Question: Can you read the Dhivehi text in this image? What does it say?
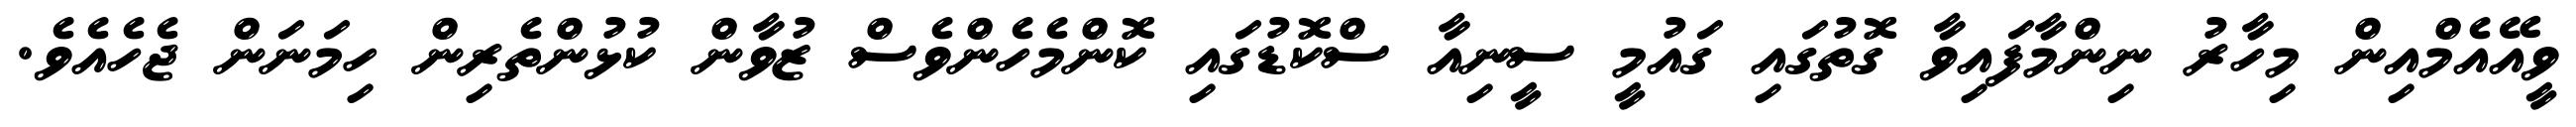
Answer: ވީއޭއެމްއިން މިހާރު ނިންމާފައިވާ ގޮތުގައި ގައުމީ ސީނިއާ ސްކޮޑުގައި ކޮންމެހެންވެސް ޒުވާން ކުޅުންތެރިން ހިމަނަން ޖެހެއެވެ.